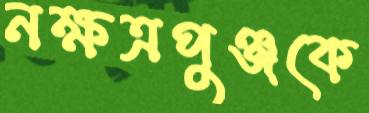
নক্ষত্রপুঞ্জকে